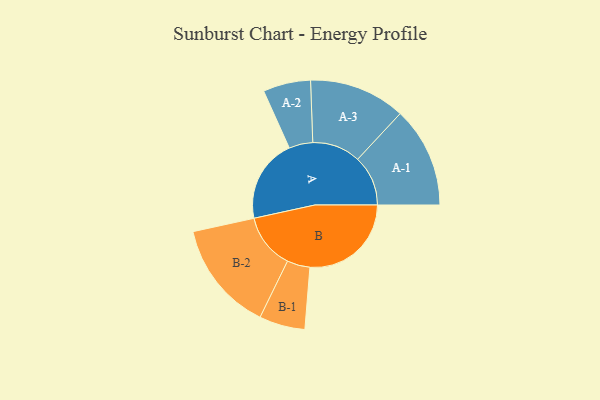
{"axis": {"x": "Segment", "y": "Value"}, "legend": ["", "A", "B"], "data": [{"x": "A", "y": 390, "type": ""}, {"x": "B", "y": 473, "type": ""}, {"x": "A-1", "y": 235, "type": "A"}, {"x": "A-2", "y": 111, "type": "A"}, {"x": "A-3", "y": 225, "type": "A"}, {"x": "B-1", "y": 107, "type": "B"}, {"x": "B-2", "y": 258, "type": "B"}]}